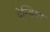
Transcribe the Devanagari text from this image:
वेन्डिया